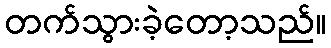
တက်သွားခဲ့တော့သည်။